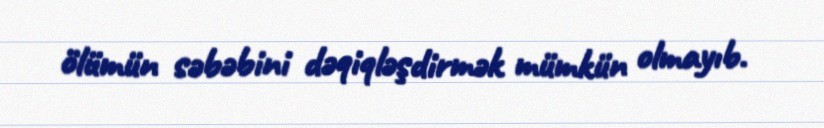
ölümün səbəbini dəqiqləşdirmək mümkün olmayıb.